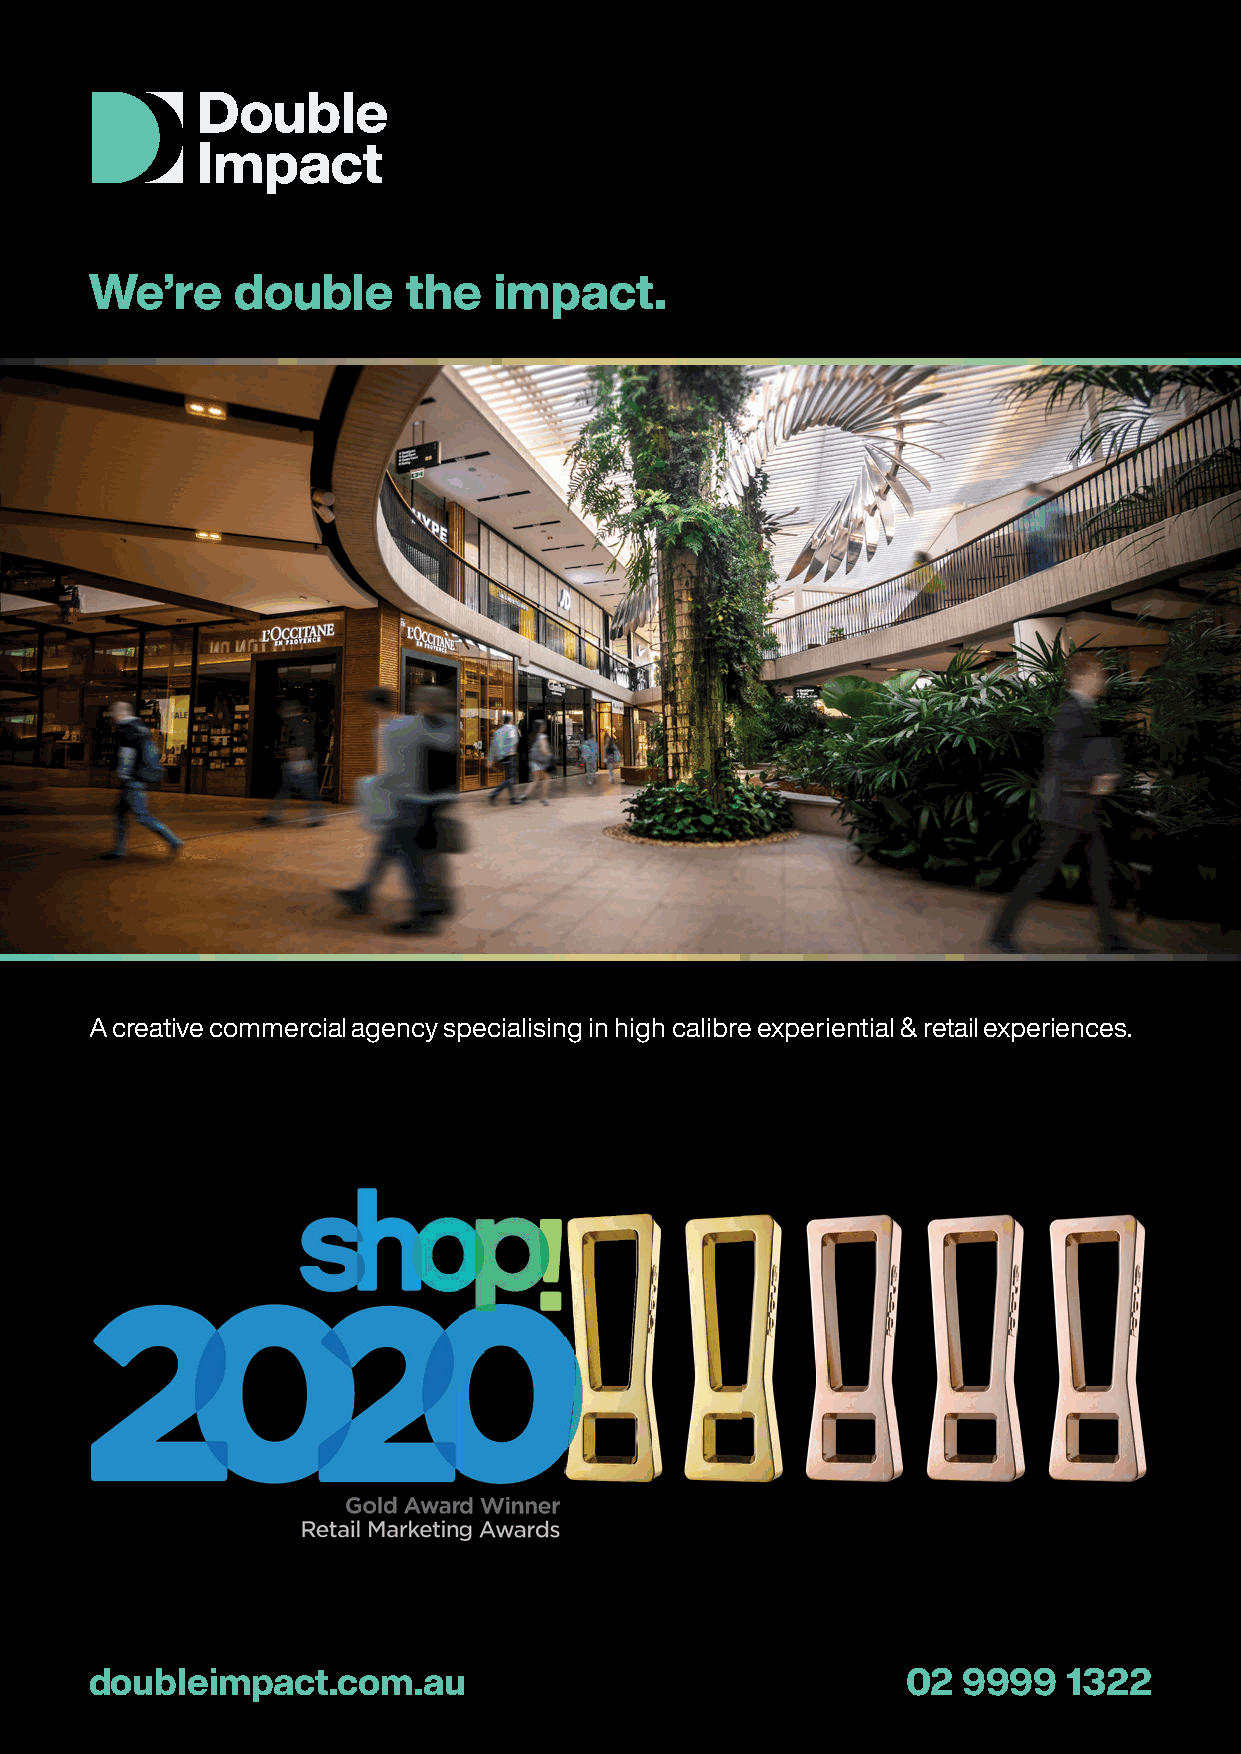
We’re    double      the   impact.
 A creative commercial agency specialising in high calibre experiential & retail experiences.
 doubleimpact.com.au                                   02  9999   1322